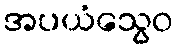
အပယံသွေဝ